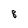
Character: 8